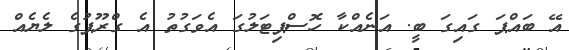
އޭ ބައްޕަ ގައިގަ ބީ. އަނެއްކާ ހޮސްޕިޓަލުގަ އެވަގުތު އެ ގްރޫޕުގެ ލެޔެއް